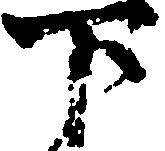
下